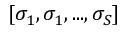
[ \sigma _ { 1 } , \sigma _ { 1 } , . . . , \sigma _ { S } ]